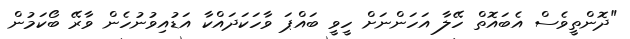
"ދޮންތީވެސް އެބައޮތް ހޭލާ އަހަންނަށް ހީވީ ބައްޕަ ވާހަކަދައްކާ އަޑުއިވުނުހެން ވާރޭ ބޯކަމުން